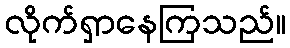
လိုက်ရှာနေကြသည်။